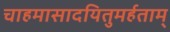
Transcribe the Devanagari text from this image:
चाहमासादयितुमर्हताम्‌